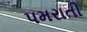
પમરાતી